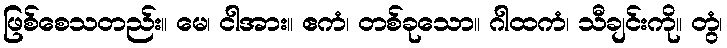
ဖြစ်စေသတည်း။ မေ၊ ငါအား။ ဧကံ၊ တစ်ခုသော။ ဂါထကံ၊ သီချင်းကို။ တွံ၊